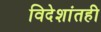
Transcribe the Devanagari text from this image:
विदेशांतही